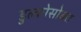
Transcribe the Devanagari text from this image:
डुल्कोसोबत